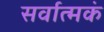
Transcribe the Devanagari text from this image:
सर्वात्मकं